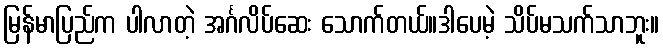
မြန်မာပြည်က ပါလာတဲ့ အင်္ဂလိပ်ဆေး သောက်တယ်။ဒါပေမဲ့ သိပ်မသက်သာဘူး။